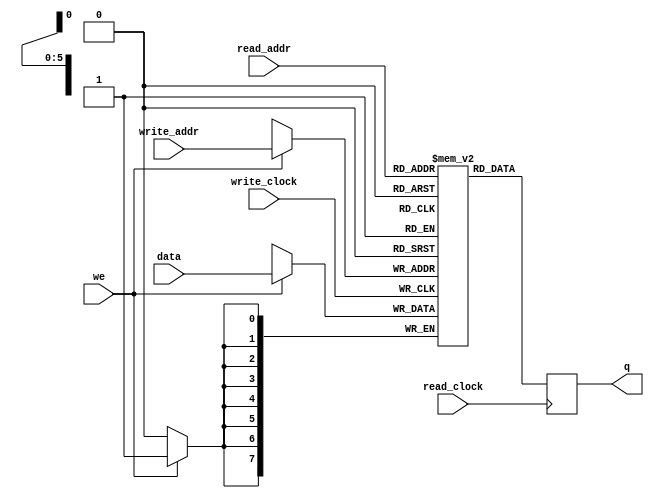
 
module ram_dual
(
	input [7:0] data,
	input [5:0] read_addr, write_addr,
	input we, read_clock, write_clock,
	output reg [7:0] q
);

	// Declare the RAM variable
	reg [7:0] ram[63:0];
	
	always @ (posedge write_clock)
	begin
		// Write
		if (we)
			ram[write_addr] <= data;
	end
	
	always @ (posedge read_clock)
	begin
		// Read 
		q <= ram[read_addr];
	end
endmodule